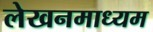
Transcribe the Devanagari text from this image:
लेखनमाध्यम